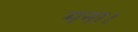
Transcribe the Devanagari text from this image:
मना।